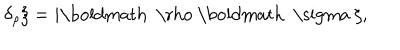
\delta _ { \rho } \xi = i \mathrm { \boldmath ~ \ r h o ~ } \mathrm { \boldmath ~ \ s i g m a ~ } \xi ,